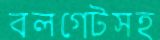
বলগেটসহ